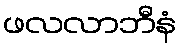
ဖလလာဘီနံ